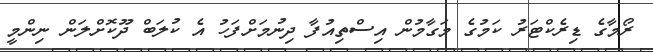
ރޯމާގެ ޑިރެކްޓަރު ކަމުގެ މަގާމުން އިސްތިއުފާ ދިނުމަށްފަހު އެ ކުލަބް ދޫކޮށްލަން ނިންމީ